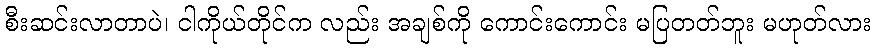
စီးဆင်းလာတာပဲ၊ ငါကိုယ်တိုင်က လည်း အချစ်ကို ကောင်းကောင်း မပြတတ်ဘူး မဟုတ်လား